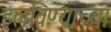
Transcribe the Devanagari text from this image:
हलविण्याच्या